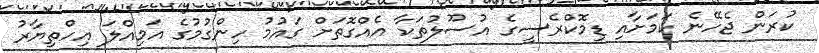
ކުރަން ޖެހޭނެ ކަމަށާއި ޑިމޮކްރެސީގެ އުސޫލުތަކާ އެއްގޮތަށް ގައުމު ހިންގުމުގެ އަމިއްލަ އިހްތިޔާރު